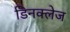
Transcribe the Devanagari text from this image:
डिनक्लेज